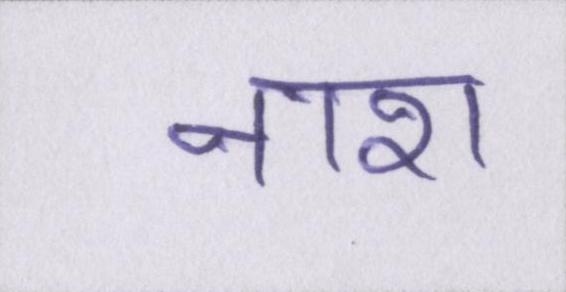
नाश